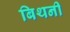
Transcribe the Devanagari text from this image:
बिथनी